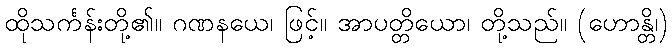
ထိုသင်္ကန်းတို့၏။ ဂဏနယေ၊ ဖြင့်။ အာပတ္တိယော၊ တို့သည်။ (ဟောန္တိ၊)